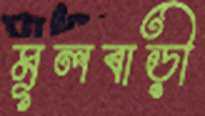
মূলবাড়ী